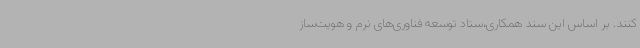
کنند. بر اساس این سند همکاری،ستاد توسعه فناوری‌های نرم و هویت‌ساز